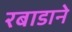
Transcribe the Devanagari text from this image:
रबाडाने